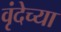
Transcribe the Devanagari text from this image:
वृंदेच्या